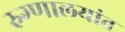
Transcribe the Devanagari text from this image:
रुग्णालयांत